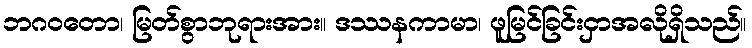
ဘဂဝတော၊ မြတ်စွာဘုရားအား။ ဒဿနကာမာ၊ ဖူမြင်ခြင်းငှာအလိုရှိသည်။